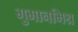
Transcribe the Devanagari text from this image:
गुमानमिश्र